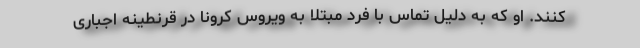
کنند. او که به دلیل تماس با فرد مبتلا به ویروس کرونا در قرنطینه اجباری